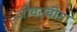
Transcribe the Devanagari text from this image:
जीवनबीमा